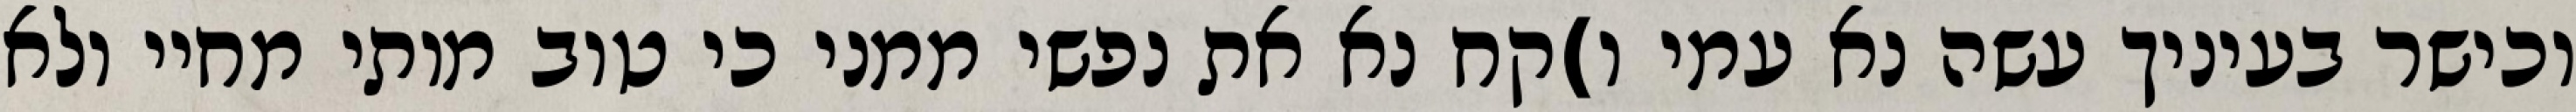
וכישר בעיניך עשה נא עמי ו)קח נא את נפשי ממני כי טוב מותי מחיי ולא